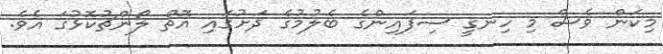
މިކަން ވެސް މި ހިނގީ ސިފައިންގެ ބެލުމުގެ ދަށުގައި އޮތް ލޯންޗުކޮޅުގަ އެވެ.